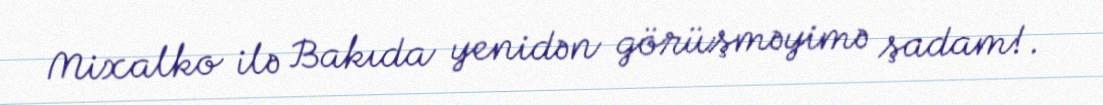
Mixalko ilə Bakıda yenidən görüşməyimə şadam!.